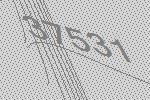
37531